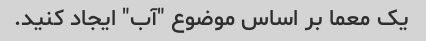
یک معما بر اساس موضوع "آب" ایجاد کنید.